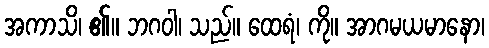
အကာသိ၊ ၏။ ဘဂဝါ၊ သည်။ ထေရံ၊ ကို။ အာဂမယမာနော၊